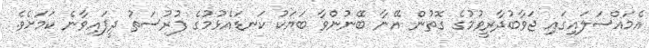
އެމައްސަލައިގައި ޖަވާބުދާރީވުމުގެ ގޮތުން އޭނާ ބޭނުންވާ ބަޔަކު ކަނޑައެޅުމުގެ ފުރުސަތު ދީފައިވާނެ ކަމަށެވެ.